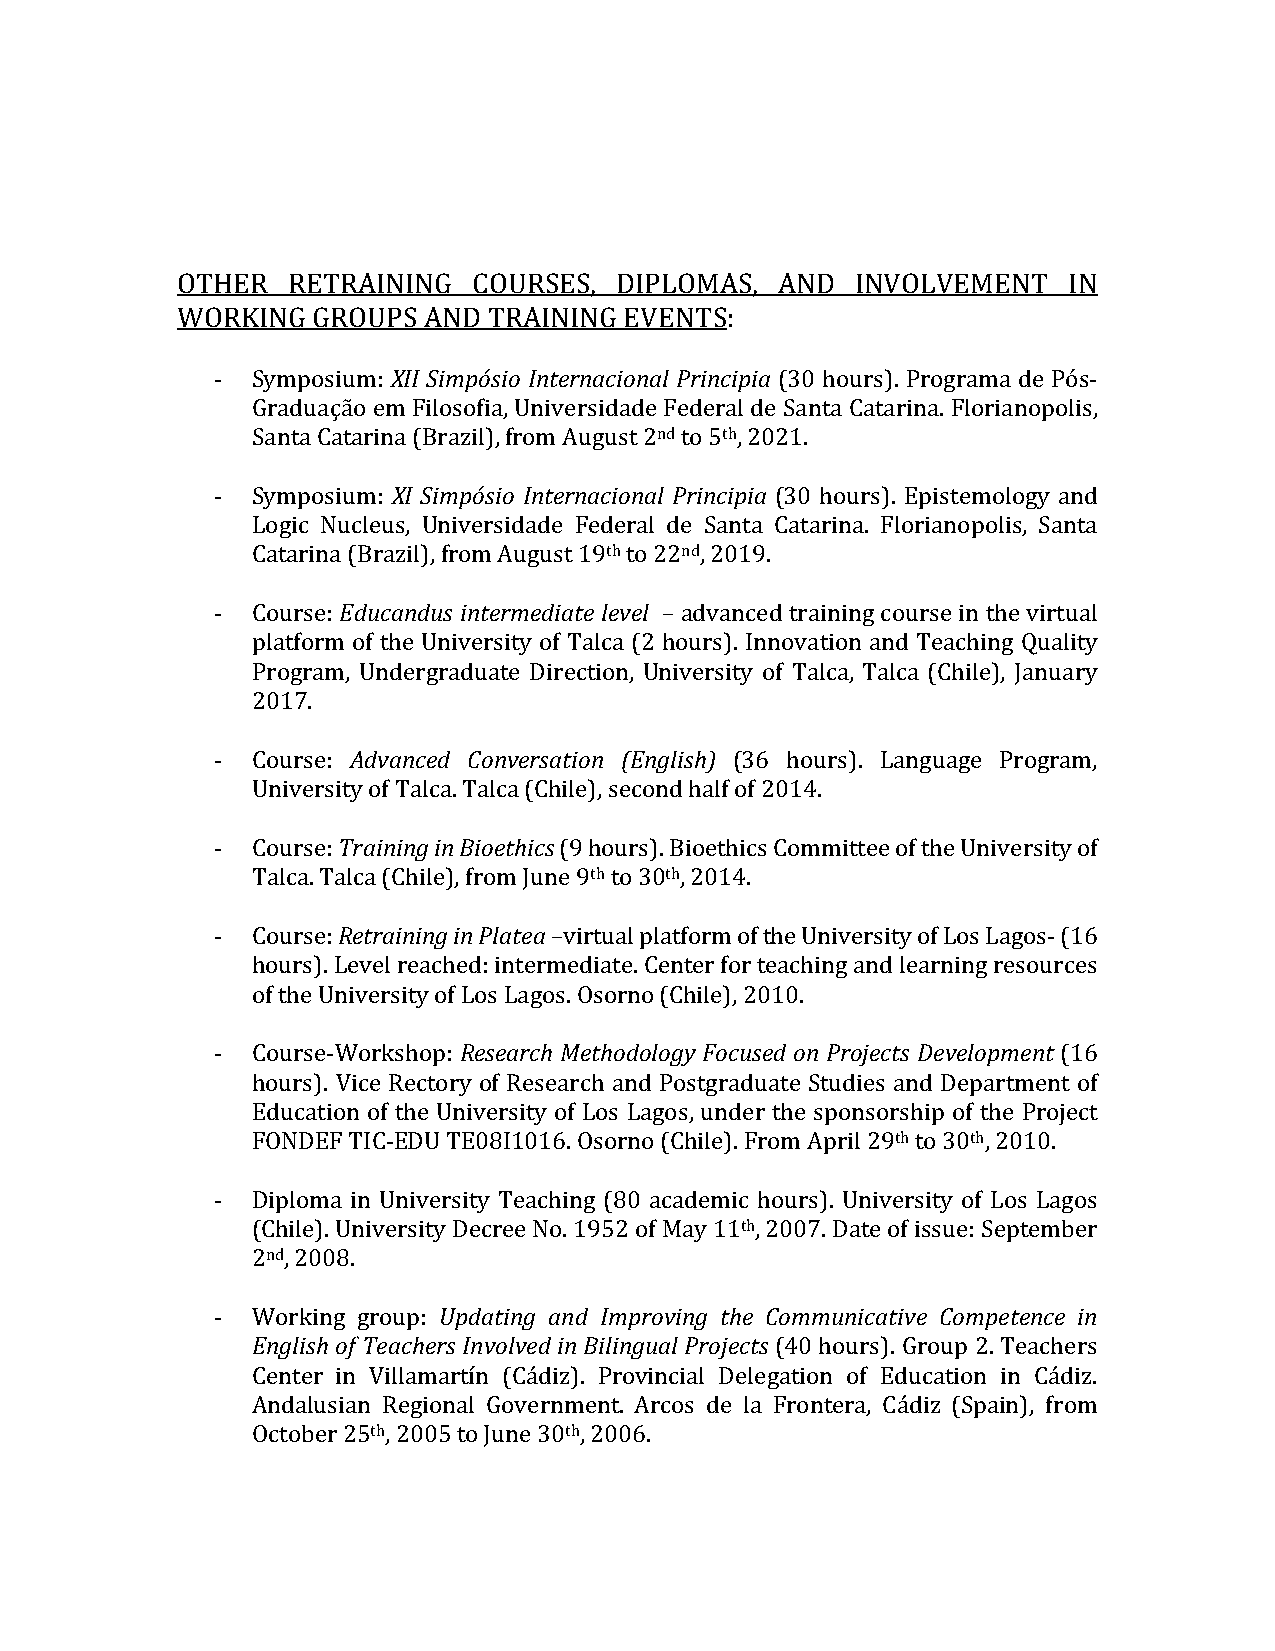
OTHER  RETRAINING  COURSES,  DIPLOMAS,  AND  INVOLVEMENT   IN
 WORKING  GROUPS AND TRAINING EVENTS:
 -  Symposium: XII Simpósio Internacional Principia (30 hours). Programa de Pós-
 Graduação em Filosofia, Universidade Federal de Santa Catarina. Florianopolis,
 Santa Catarina (Brazil), from August 2nd to 5th, 2021.
 -  Symposium: XI Simpósio Internacional Principia (30 hours). Epistemology and
 Logic Nucleus, Universidade Federal de Santa Catarina. Florianopolis, Santa
 Catarina (Brazil), from August 19th to 22nd, 2019.
 -  Course: Educandus intermediate level – advanced training course in the virtual
 platform of the University of Talca (2 hours). Innovation and Teaching Quality
 Program, Undergraduate Direction, University of Talca, Talca (Chile), January
 2017.
 -  Course: Advanced Conversation (English) (36 hours). Language Program,
 University of Talca. Talca (Chile), second half of 2014.
 -  Course: Training in Bioethics (9 hours). Bioethics Committee of the University of
 Talca. Talca (Chile), from June 9th to 30th, 2014.
 -  Course: Retraining in Platea –virtual platform of the University of Los Lagos- (16
 hours). Level reached: intermediate. Center for teaching and learning resources
 of the University of Los Lagos. Osorno (Chile), 2010.
 -  Course-Workshop: Research Methodology Focused on Projects Development (16
 hours). Vice Rectory of Research and Postgraduate Studies and Department of
 Education of the University of Los Lagos, under the sponsorship of the Project
 FONDEF TIC-EDU TE08I1016. Osorno (Chile). From April 29th to 30th, 2010.
 -  Diploma in University Teaching (80 academic hours). University of Los Lagos
 (Chile). University Decree No. 1952 of May 11th, 2007. Date of issue: September
 2nd, 2008.
 -  Working group: Updating and Improving the Communicative Competence in
 English of Teachers Involved in Bilingual Projects (40 hours). Group 2. Teachers
 Center in Villamartín (Cádiz). Provincial Delegation of Education in Cádiz.
 Andalusian Regional Government. Arcos de la Frontera, Cádiz (Spain), from
 October 25th, 2005 to June 30th, 2006.